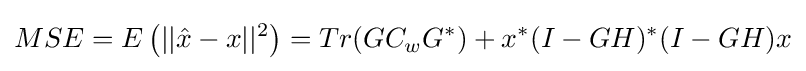
MSE=E\left(||{\hat {x}}-x||^{2}\right)=Tr(GC_{w}G^{*})+x^{*}(I-GH)^{*}(I-GH)x